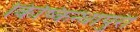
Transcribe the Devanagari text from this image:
किष्किन्धापुरी